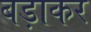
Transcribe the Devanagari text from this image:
बड़ाकर